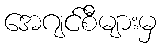
အေဂျင်စီများမှ